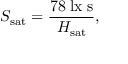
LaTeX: S _ { \mathrm { s a t } } = { \frac { 7 8 \; { \mathrm { l x � s } } } { H _ { \mathrm { s a t } } } } ,